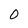
Character: 0